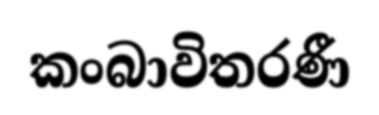
කංබාවිතරණී